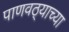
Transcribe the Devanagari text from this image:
पाणवठ्याच्या